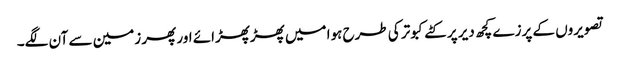
تصویروں کے پرزے کچھ دیر پر کٹے کبوتر کی طرح ہوا میں پھڑپھڑائے اور پھر زمین سے آن لگے۔